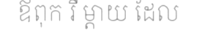
ឪពុក រឺ ម្តាយ ដែល